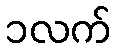
၁လက်